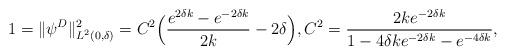
LaTeX: \begin{align*}1=\|\psi^{D}\|^2_{L^2(0,\delta)}=C^2\Big(\dfrac{e^{2\delta k}-e^{-2\delta k}}{2k}-2\delta\Big),C^2=\dfrac{2ke^{-2\delta k}}{1-4\delta k e^{-2\delta k}-e^{-4\delta k}},\end{align*}